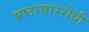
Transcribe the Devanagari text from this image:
भ्रष्टाचाररोधी